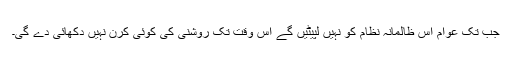
جب تک عوام اس ظالمانہ نظام کو نہیں لپیٹیں گے اس وقت تک روشنی کی کوئی کرن نہیں دکھائی دے گی۔